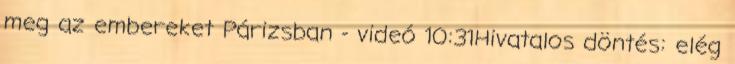
meg az embereket Párizsban - videó 10:31Hivatalos döntés: elég